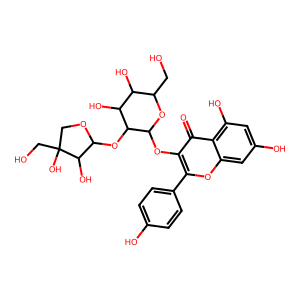
SMILES: O=c1c(OC2OC(CO)C(O)C(O)C2OC2OCC(O)(CO)C2O)c(-c2ccc(O)cc2)oc2cc(O)cc(O)c12
Inhibits HIV replication: No